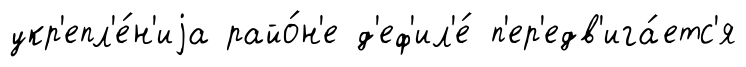
укр'епл'е́н'иjа райо́н'е д'еф'ил'е́ п'ер'едв'ига́етс'я